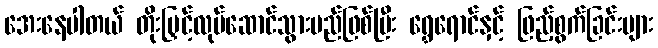
အေးနေပါတယ် တိုးမြှင့်လုပ်ဆောင်သွားမည်ဖြစ်ပြီး ရွှေရောင်နှင့် ဖြည့်စွက်ခြင်းများ